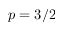
p = 3 / 2